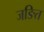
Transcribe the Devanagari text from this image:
जङित